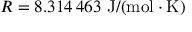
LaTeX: R = 8 . 3 1 4 \, 4 6 3 ~ \mathrm { J / ( m o l \cdot K ) }